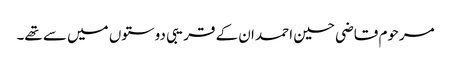
مرحوم قاضی حسین احمد ان کے قریبی دوستوں میں سے تھے۔